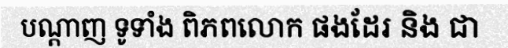
បណ្តាញ ទូទាំង ពិភពលោក ផងដែរ និង ជា